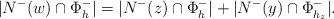
LaTeX: \begin{align*}\lvert N^-(w) \cap \Phi_h^- \rvert = \lvert N^-(z) \cap \Phi_h^- \rvert + \lvert N^-(y) \cap \Phi_{h_z}^- \rvert.\end{align*}